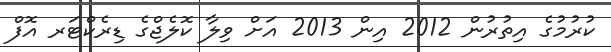
ކުރުމުގެ އިތުރުން 2012 އިން 2013 އަށް ވިލާ ކޮލެޖްގެ ޑިރެކްޓަރ އޮފް